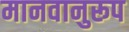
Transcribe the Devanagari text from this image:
मानवानुरूप